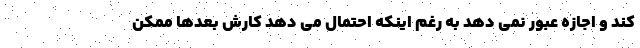
کند و اجازه عبور نمی دهد به رغم اینکه احتمال می دهد کارش بعدها ممکن